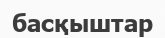
басқыштар